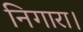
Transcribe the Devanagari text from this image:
निगारा।